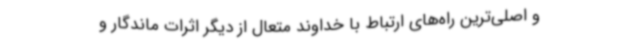
و اصلی‌ترین راه‌های ارتباط با خداوند متعال از دیگر اثرات ماندگار و